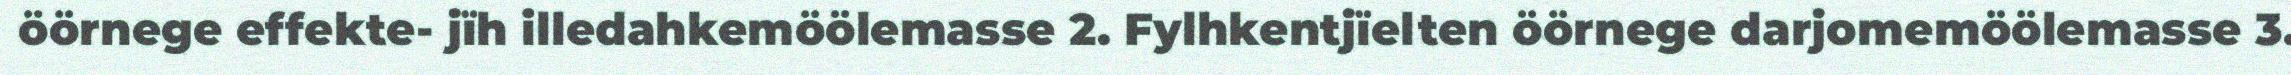
öörnege effekte- jïh illedahkemöölemasse 2. Fylhkentjïelten öörnege darjomemöölemasse 3.